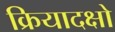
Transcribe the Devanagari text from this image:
क्रियादक्षो